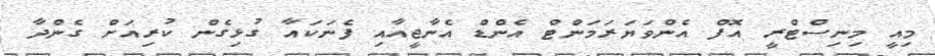
މިއީ މިނިސްޓްރީ އޮފް އެންވަޔަރަމަންޓް އެންޑް އެނާޖީއާއި ފެނަކައާ ގުޅިގެން ކުރިއަށް ގެންދާ